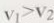
v _ { 1 } > v _ { 2 }